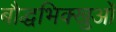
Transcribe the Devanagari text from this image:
बौद्धभिक्खुओं